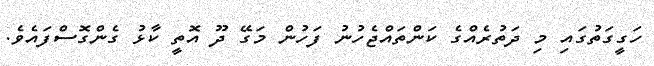
ހަގީގަތުގައި މި ދަތުރެއްގެ ކަންތައްޖެހުނު ފަހުން މަގޭ ދޫ އޮތީ ކާޅު ގެންގޮސްފައެވެ.